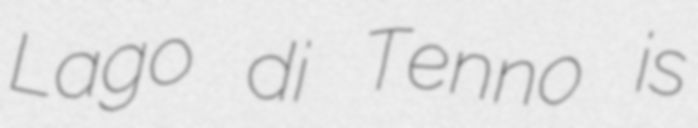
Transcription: Lago di Tenno is